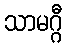
သာမဂ္ဂီ